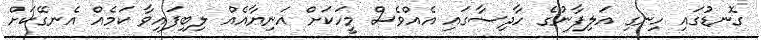
ގޮނޑުގައި ހިނގި އަލިފާނުގެ ހާދިސާގައި އެއްވެސް މީހަކަށް އަނިޔާއެއް ލިބިފައިވާ ކަމެއް އެނގޭކަށް